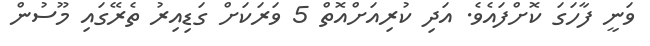
ވަނީ ފާހަގަ ކޮށްފައެވެ. އަދި ކުރިއަށްއޮތް 5 ވަރަކަށް ގަޑިއިރު ތެރޭގައި މޫސުން